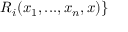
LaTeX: R _ { i } ( x _ { 1 } , . . . , x _ { n } , x ) \}